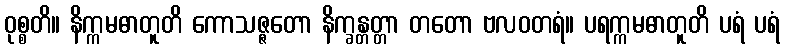
ဝုစ္စတိ။ နိက္ကမဓာတူတိ ကောသဇ္ဇတော နိက္ခန္တတ္တာ တတော ဗလဝတရံ။ ပရက္ကမဓာတူတိ ပရံ ပရံ